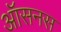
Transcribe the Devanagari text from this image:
ऑसनस